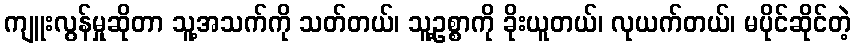
ကျူးလွန်မှုဆိုတာ သူ့အသက်ကို သတ်တယ်၊ သူ့ဥစ္စာကို ခိုးယူတယ်၊ လုယက်တယ်၊ မပိုင်ဆိုင်တဲ့